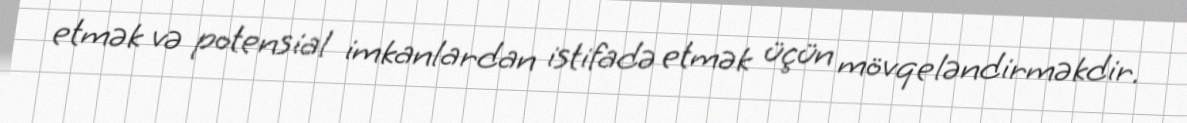
etmək və potensial imkanlardan istifadə etmək üçün mövqeləndirməkdir.